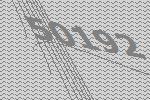
50192